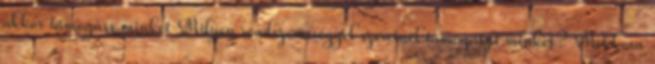
akkor támogass minket Milyen rendszerességgel szeretnél támogatni minket? Mekkora